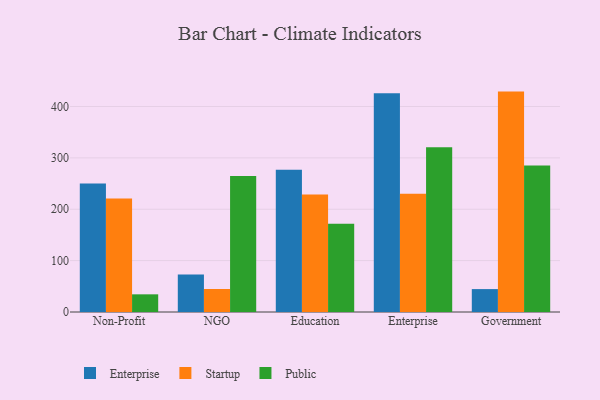
{"axis": {"x": "Segment", "y": "Waste Production (Tons)"}, "legend": ["Enterprise", "Public", "Startup"], "data": [{"x": "Non-Profit", "y": 250.1, "type": "Enterprise"}, {"x": "Non-Profit", "y": 221.1, "type": "Startup"}, {"x": "Non-Profit", "y": 34.4, "type": "Public"}, {"x": "NGO", "y": 72.9, "type": "Enterprise"}, {"x": "NGO", "y": 44.8, "type": "Startup"}, {"x": "NGO", "y": 264.8, "type": "Public"}, {"x": "Education", "y": 276.9, "type": "Enterprise"}, {"x": "Education", "y": 228.7, "type": "Startup"}, {"x": "Education", "y": 171.9, "type": "Public"}, {"x": "Enterprise", "y": 425.7, "type": "Enterprise"}, {"x": "Enterprise", "y": 230.0, "type": "Startup"}, {"x": "Enterprise", "y": 320.9, "type": "Public"}, {"x": "Government", "y": 44.6, "type": "Enterprise"}, {"x": "Government", "y": 429.0, "type": "Startup"}, {"x": "Government", "y": 285.2, "type": "Public"}]}